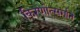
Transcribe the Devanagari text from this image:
किरणोत्‍सर्गाने